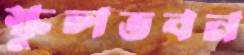
স্কুলভবন